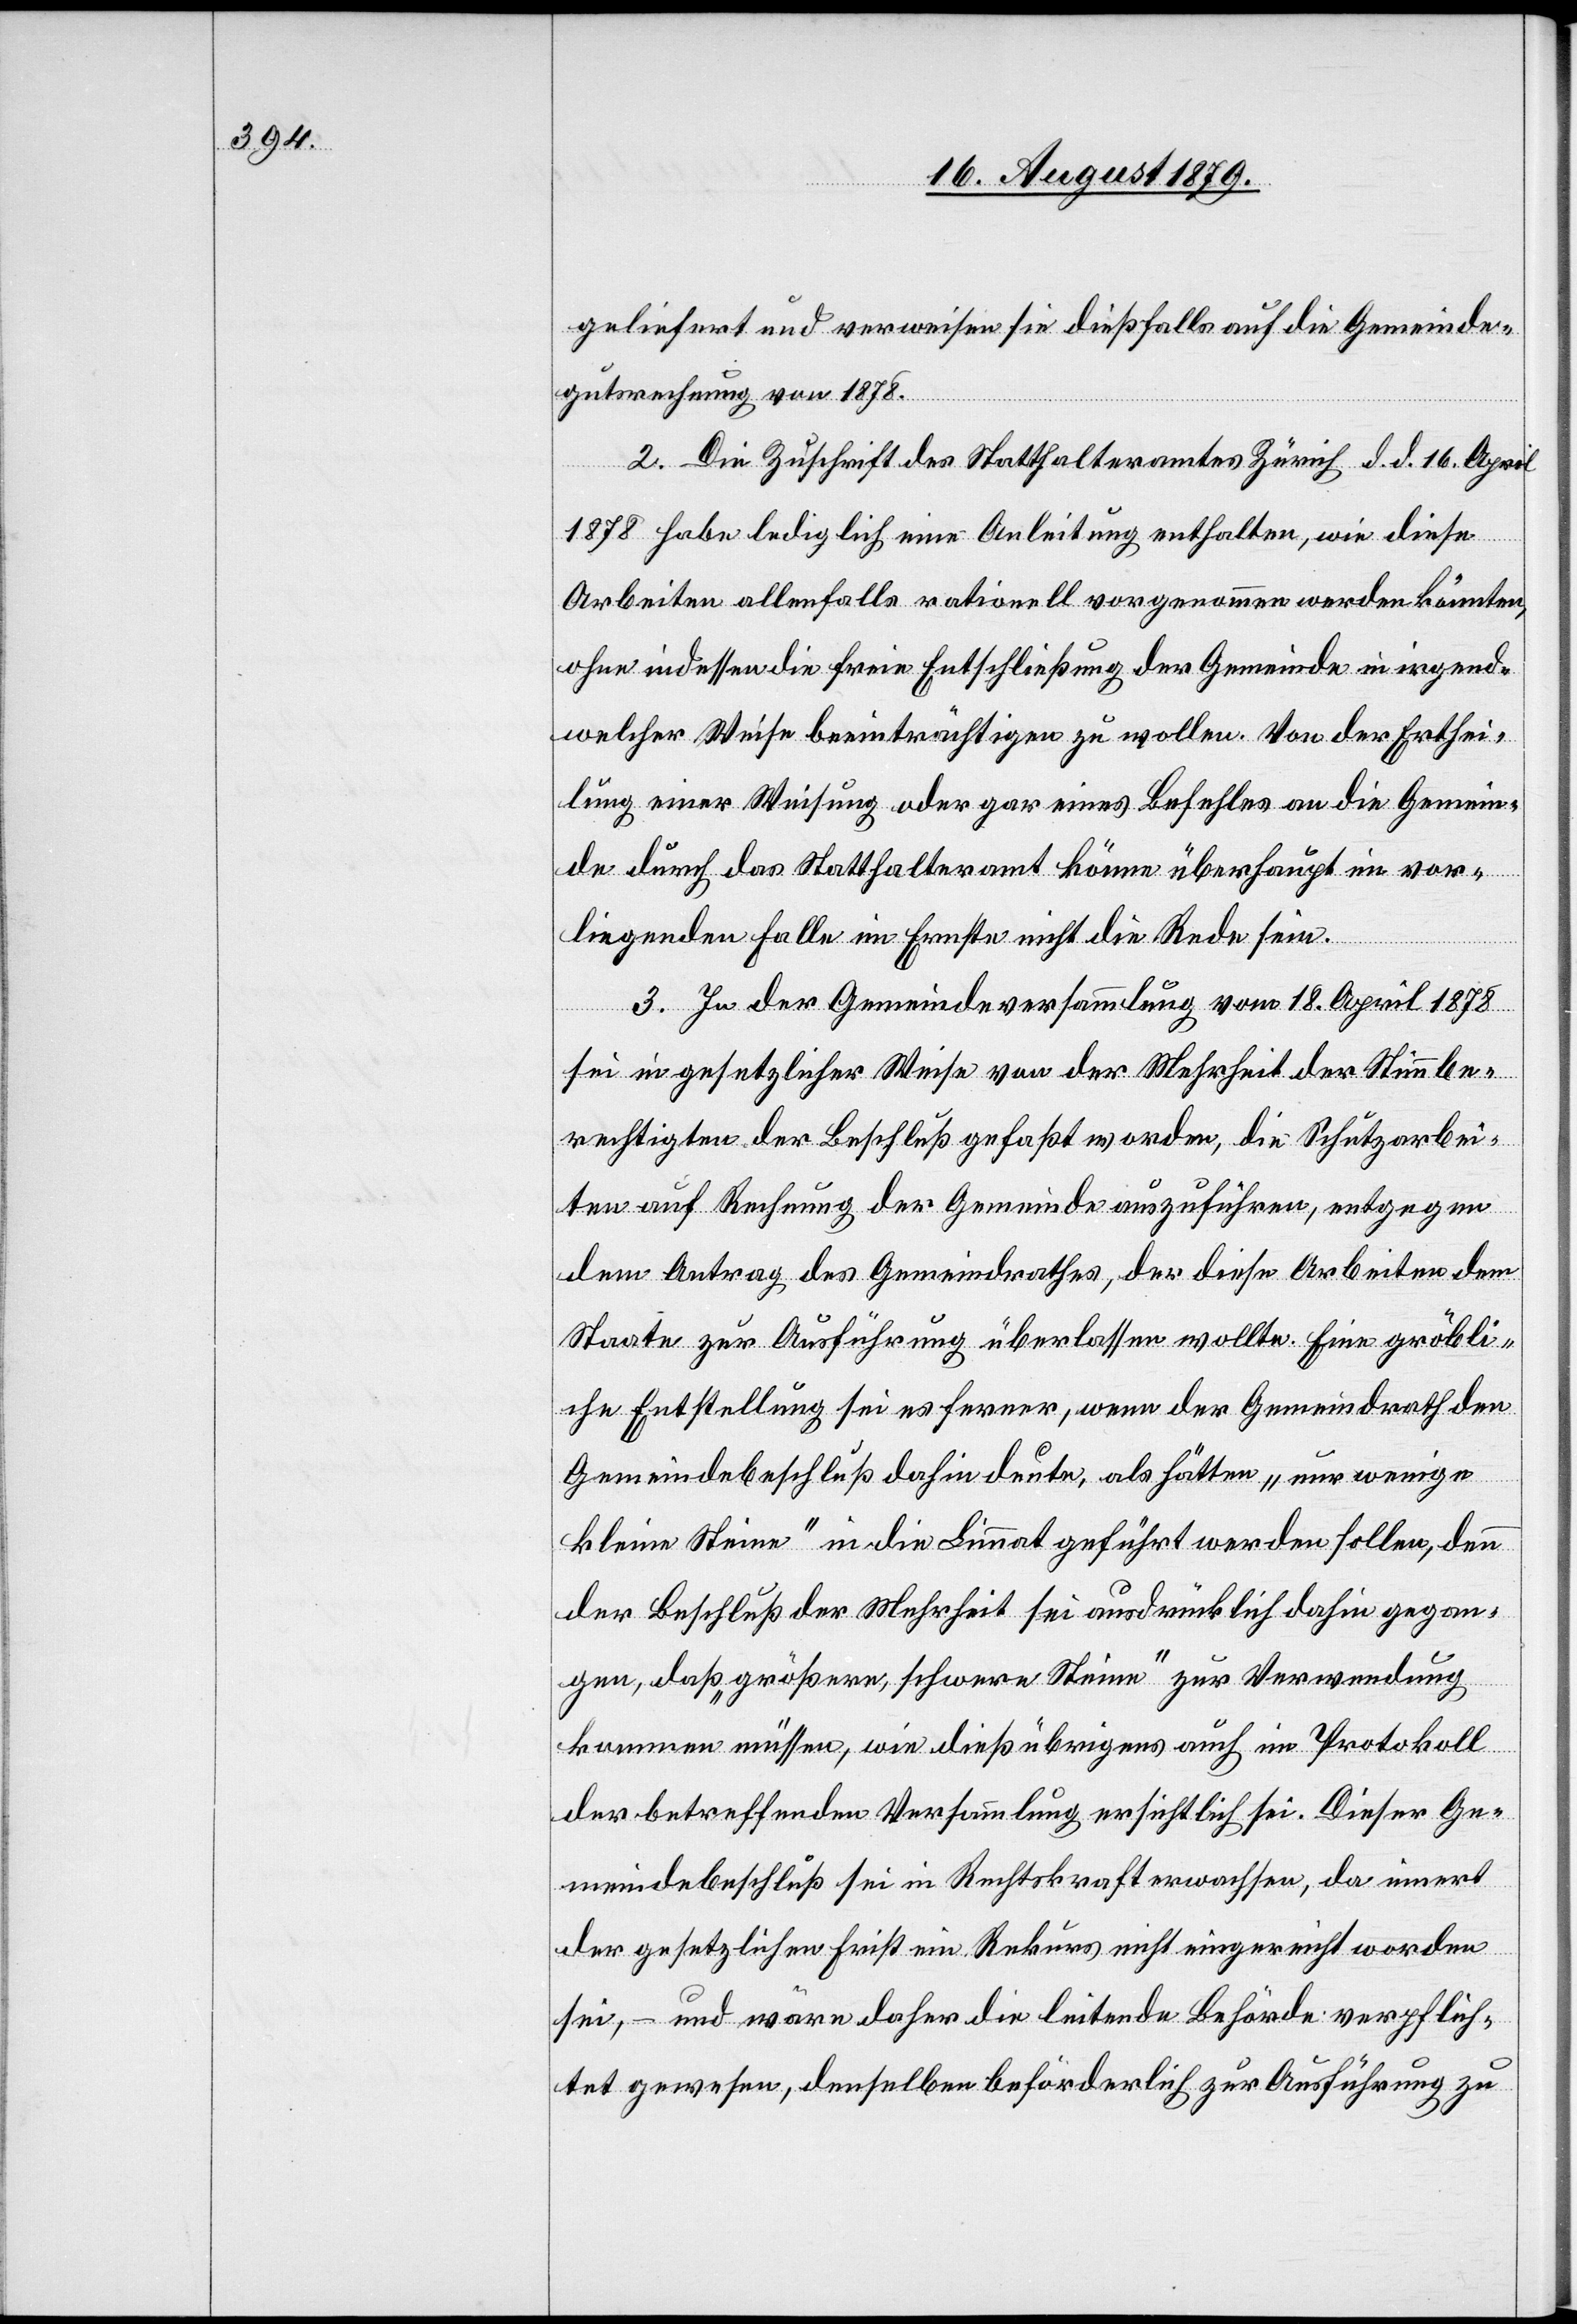
geleistet und verweisen sie dießfalls auf die Gemeinde¬
gutsrechnung von 1878.
2. Die Zuschrift des Statthalteramtes Zürich d. d. 16. April
1878 habe lediglich eine Anleitung enthalten, wie diese
Arbeiten allenfalls rationell vorgenommen werden könnten,
ohne indessen die freie Entschließung der Gemeinde in irgend¬
welcher Weise beeinträchtigen zu wollen. Von der Erthei¬
lung einer Weisung oder gar eines Befehles an die Gemein¬
de durch das Statthalteramt könne überhaupt im vor¬
liegenden Falle im Ernste nicht die Rede sein.
3. In der Gemeindeversammlung vom 18. April 1878
sei in gesetzlicher Weise von der Mehrheit der Stimmbe¬
rechtigten der Beschluß gefaßt worden, die Schutzarbei¬
ten auf Rechnung der Gemeinde auszuführen, entgegen
dem Antrag des Gemeindrathes, der diese Arbeiten dem
Staate zur Ausführung überlassen wollte. Eine gröbli¬
che Entstellung sei es ferner, wenn der Gemeindrath den
Gemeindebeschluß dahin deute, als hätten „nur wenige
kleine Steine“ in die Limmat geführt werden sollen, denn
der Beschluß der Mehrheit sei ausdrücklich dahin gegan¬
gen, daß „größere, schwere Steine“ zur Verwendung
kommen müssen, wie dieß übrigens auch im Protokoll
der betreffenden Versammlung ersichtlich sei. Dieser Ge¬
meindebeschluß sei in Rechtskraft erwachsen, da innert
der gesetzlichen Frist ein Rekurs nicht eingereicht worden
sei, – und wäre daher die leitende Behörde verpflich¬
tet gewesen, denselben beförderlich zur Ausführung zu